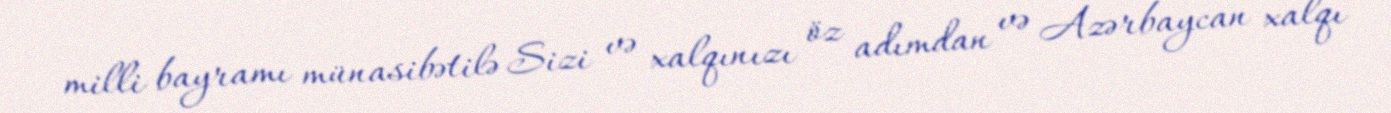
milli bayramı münasibətilə Sizi və xalqınızı öz adımdan və Azərbaycan xalqı